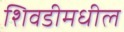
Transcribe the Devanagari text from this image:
शिवडीमधील